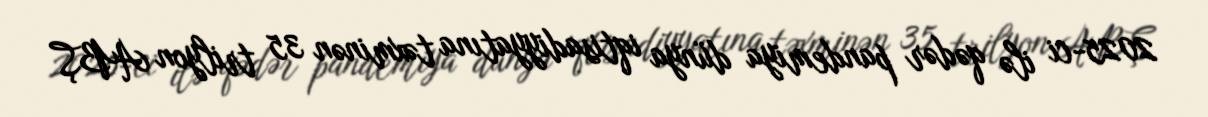
2025-ci ilə qədər pandemiya dünya iqtisadiyyatına təxminən 35 trilyon ABŞ